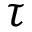
\tau